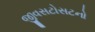
જીવસટોસટનો